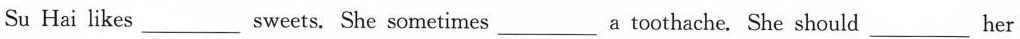
Su Hai likes ___ sweets. She sometimes ___ a toothache. She should ___ her